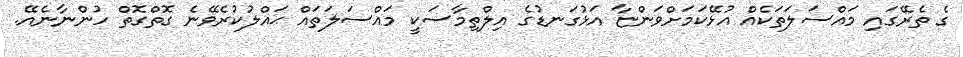
ގެ ތެރޭގައި މައްސަލަތަކެއް އުޅޭކަމަށްވަންޏާ އަޅުގަނޑުގެ އިލްތިމާސަކީ މައްސަލަތައް ޙައްލުކުރެވޭނެ ގޮތްގޮތް ހުންނާނެއޭ.